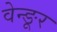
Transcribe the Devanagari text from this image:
वेन्ङूर